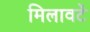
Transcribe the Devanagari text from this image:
मिलावटें